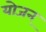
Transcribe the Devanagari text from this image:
योजन्